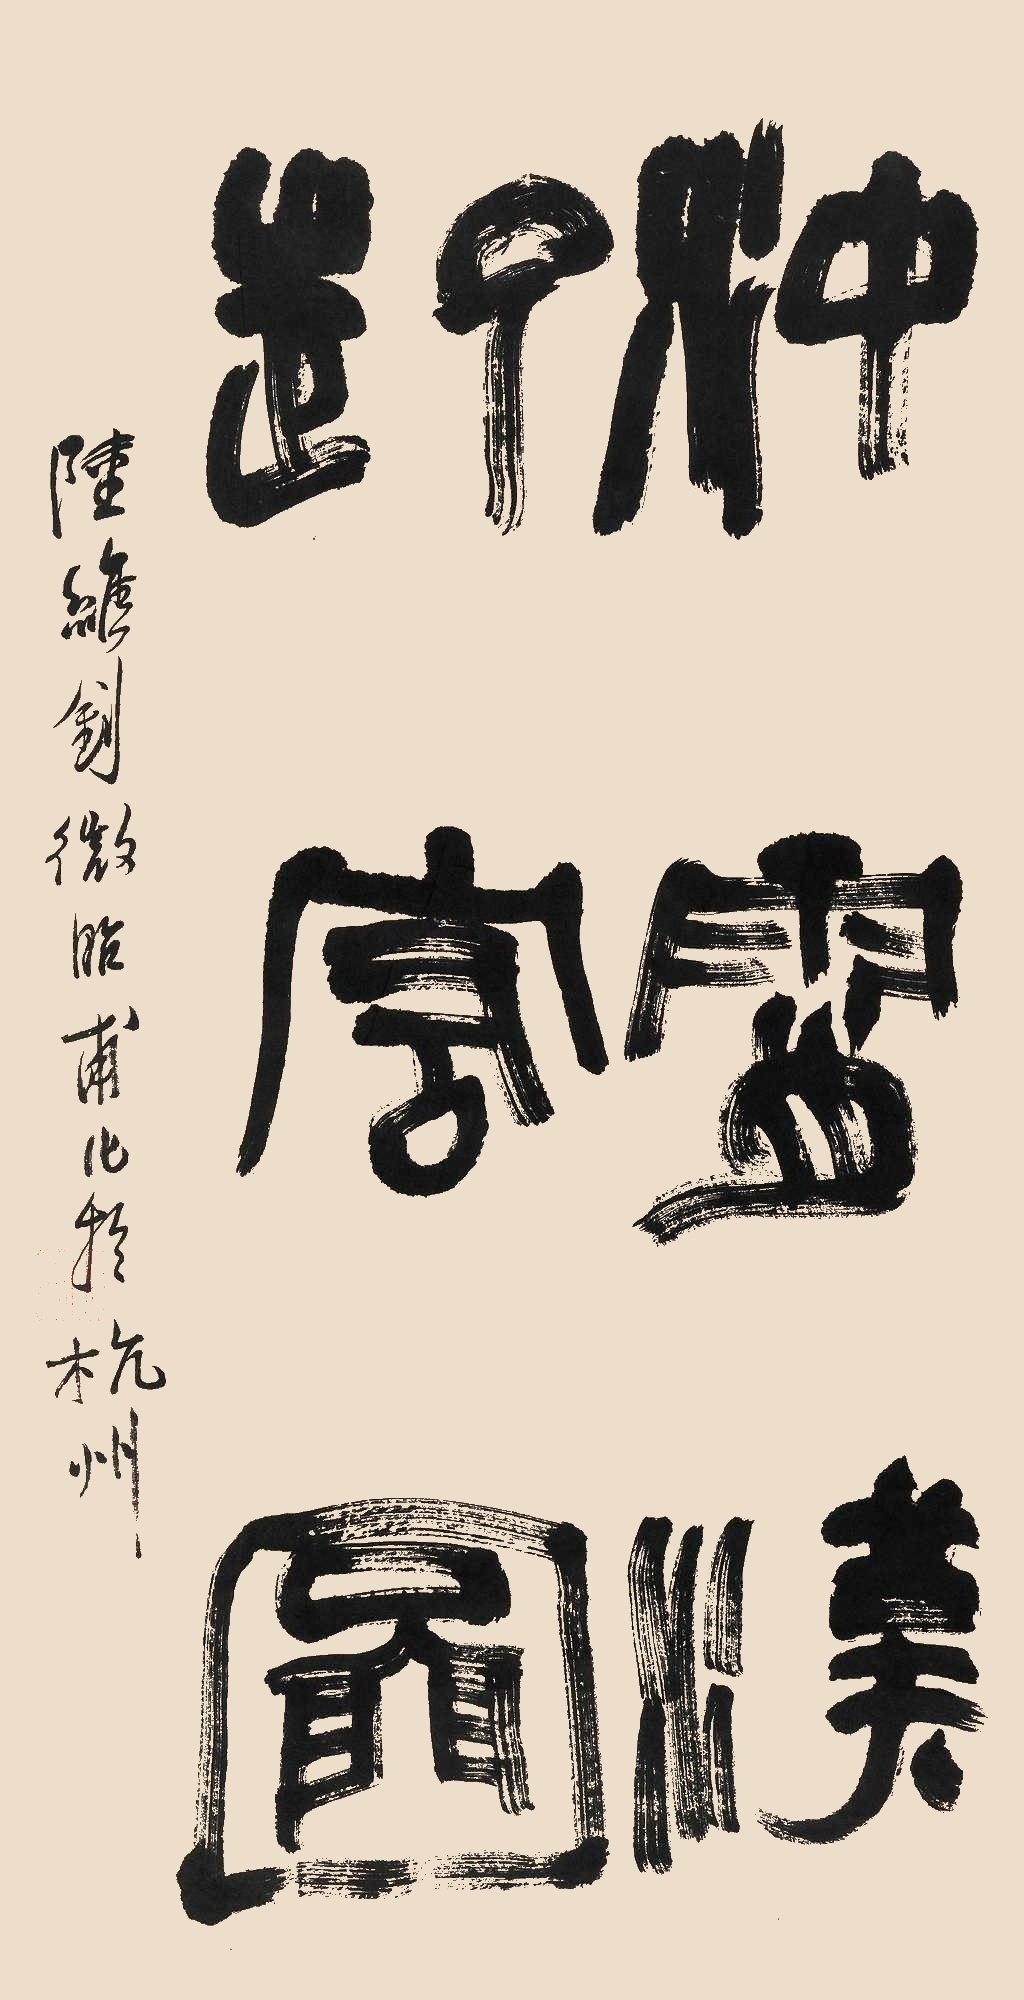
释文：【题识】陆维钊微昭甫作于杭州。【印文】陆维钊